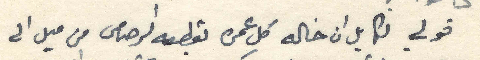
قولي لكايل ان خاله كل عمره يقطعه الرصاص من ميل الى